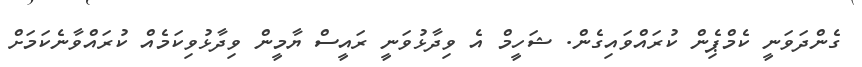
ގެންދަވަނީ ކެމްޕެިން ކުރައްވައިގެން. ޝަހީމް އެ ވިދާޅުވަނީ ރައީސް ޔާމީން ވިދާޅުވިކަމެއް ކުރައްވާނެކަމަށް